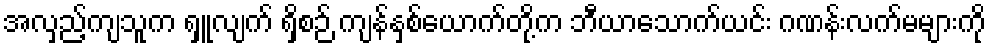
အလှည့်ကျသူက ရှူလျက် ရှိစဉ် ကျန်နှစ်ယောက်တို့က ဘီယာသောက်ယင်း ဂဏန်းလက်မများကို